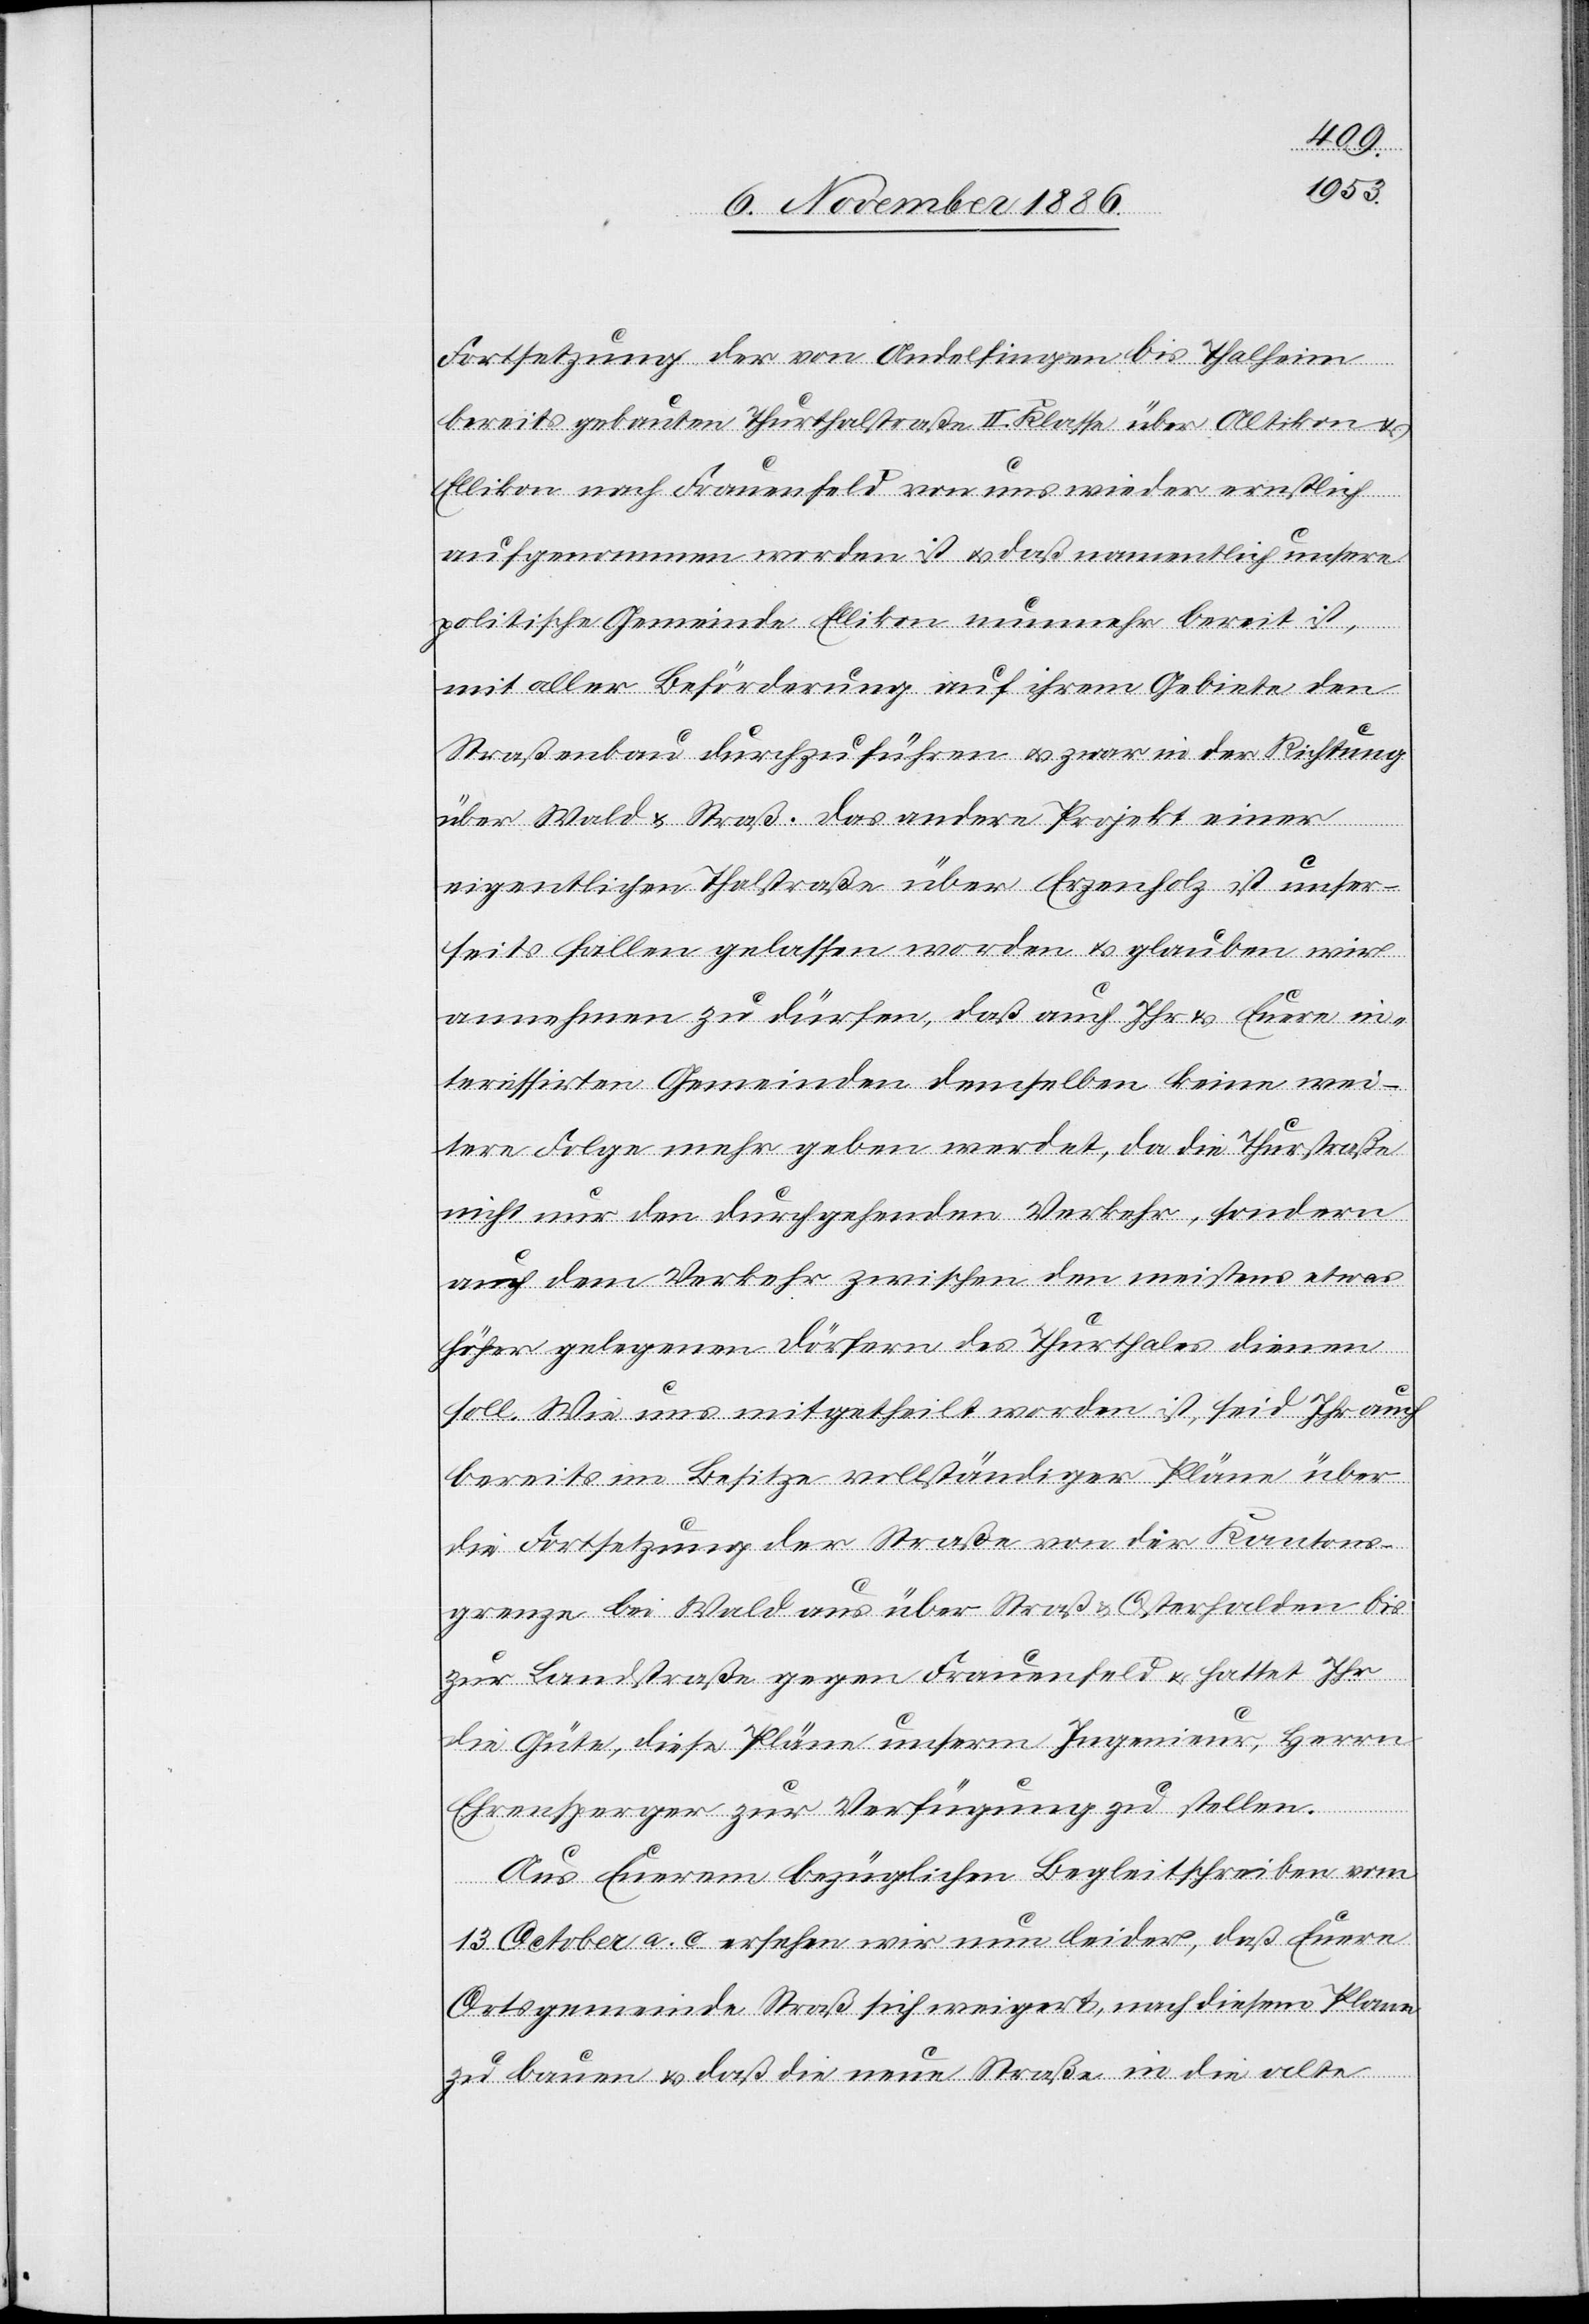
Fortsetzung der von Andelfingen bis Thalheim
bereits gebauten Thurthalstraße II. Klasse über Altikon &
Ellikon nach Frauenfeld von uns wieder ernstlich
aufgenommen worden ist & daß namentlich unsere
politische Gemeinde Ellikon nunmehr bereit ist,
mit aller Beförderung auf ihrem Gebiete den
Straßenbau durchzuführen & zwar in der Richtung
über Wald & Straß. Das andere Projekt einer
eigentlichen Thalstraße über Erzenholz ist unser¬
seits fallen gelassen worden & glauben wir
annehmen zu dürfen, daß auch Ihr & Euere in¬
teressirten Gemeinden demselben keine wei¬
tere Folge mehr geben werdet, da die Thurstraße
nicht nur den durchgehenden Verkehr, sondern
auch dem Verkehr zwischen den meistens etwas
höher gelegenen Dörfern des Thurthales dienen
soll. Wie uns mitgetheilt worden ist, seid Ihr auch
bereits im Besitze vollständiger Pläne über
die Fortsetzung der Straße von der Kantons¬
grenze bei Wald aus über Straß & Osterhalden bis
zur Landstraße gegen Frauenfeld & hattet Ihr
die Güte, diese Pläne unserm Ingenieur, Herrn
Ehrensperger zur Verfügung zu stellen.
Aus Euerem bezüglichen Begleitschreiben vom
13. October a. c. ersehen wir nun leider, daß Euere
Ortsgemeinde Straß sich weigert, nach diesem Plane
zu bauen & daß die neue Straße in die alte